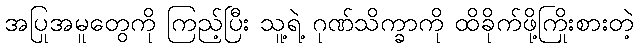
အပြုအမူတွေကို ကြည့်ပြီး သူ့ရဲ့ ဂုဏ်သိက္ခာကို ထိခိုက်ဖို့ကြိုးစားတဲ့